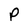
Character: P